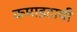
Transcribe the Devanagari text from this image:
कमाइटाची